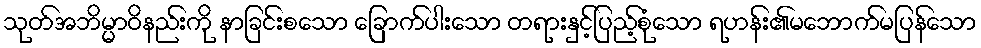
သုတ်အဘိမ္မာဝိနည်းကို နာခြင်းစသော ခြောက်ပါးသော တရားနှင့်ပြည့်စုံသော ရဟန်း၏မဘောက်မပြန်သော